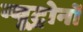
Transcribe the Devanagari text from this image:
न्यूट्रोनों